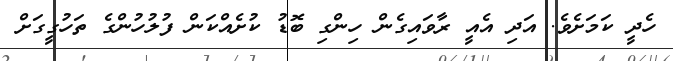
ހެދީ ކަމަށެވެ. އަދި އެއީ ރާވައިގެން ހިންގި ބޮޑު ކުށެއްކަން ފުލުހުންގެ ތަހުގީގަށް